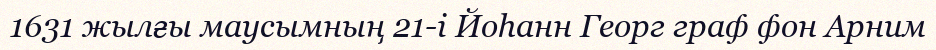
1631 жылғы маусымның 21-і Йоһанн Георг граф фон Арним